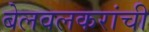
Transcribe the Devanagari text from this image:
बेलवलकरांची